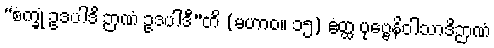
“စက္ခုံ ဥဒပါဒိ ဉာဏံ ဥဒပါဒီ”တိ (မဟာဝ။ ၁၅) ဧတ္ထ ပုဗ္ဗေနိဝါသာဒိဉာဏံ